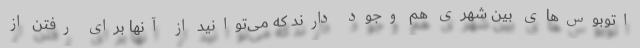
اتوبوس‌های بین شهری هم وجود دارند که می‌توانید از آنها برای رفتن از